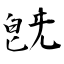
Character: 旣